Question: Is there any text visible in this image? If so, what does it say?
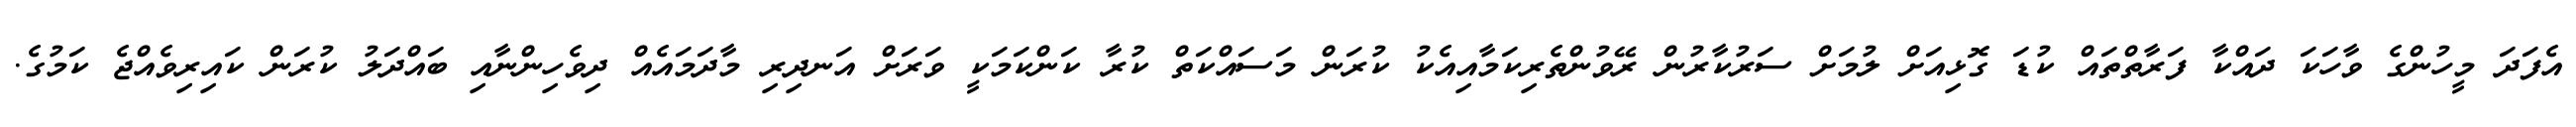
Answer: އެފަދަ މީހުންގެ ވާހަކަ ދައްކާ ފަރާތްތައް ކުޑަ ގޮޅިއަށް ލުމަށް ސަރުކާރުން ރޭވުންތެރިކަމާއިއެކު ކުރަން މަސައްކަތް ކުރާ ކަންކަމަކީ ވަރަށް އަނދިރި މާދަމައެއް ދިވެހިންނާއި ބައްދަލު ކުރަން ކައިރިވެއްޖެ ކަމުގެ.